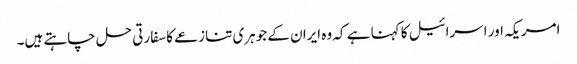
امریکہ اور اسرائیل کا کہنا ہے کہ وہ ایران کے جوہری تنازعے کا سفارتی حل چاہتے ہیں۔